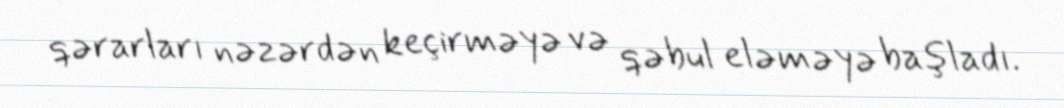
qərarları nəzərdən keçirməyə və qəbul eləməyə başladı.